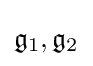
{\mathfrak {g}}_{1},{\mathfrak {g}}_{2}